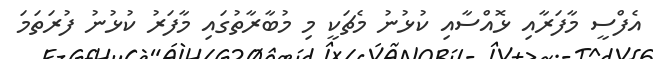
އެފްސީ މާފަރާއި ޅޮއްސާއި ކުޅުނު މެޗަކީ މި މުބާރާތުގައި މާފަރު ކުޅުނު ފުރަތަމަ